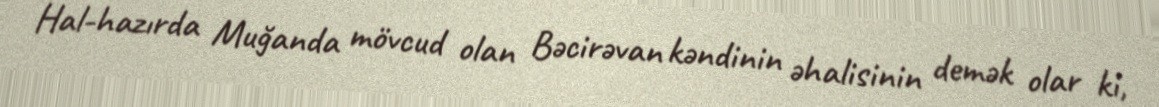
Hal-hazırda Muğanda mövcud olan Bəcirəvan kəndinin əhalisinin demək olar ki,